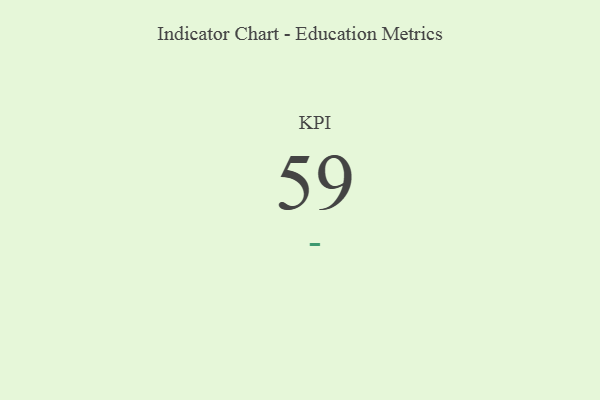
{"axis": {"x": "KPI", "y": "Value"}, "legend": [""], "data": [{"x": "KPI", "y": 59, "type": ""}]}